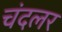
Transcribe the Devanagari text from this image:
चंदलर